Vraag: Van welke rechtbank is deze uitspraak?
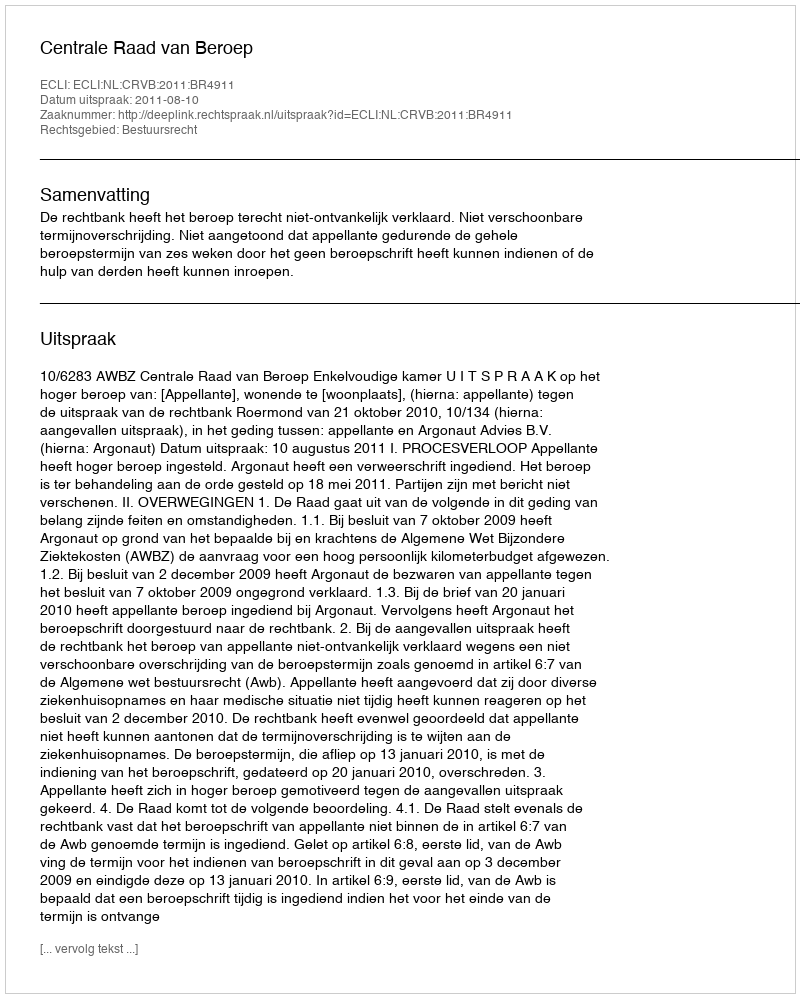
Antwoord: Centrale Raad van Beroep